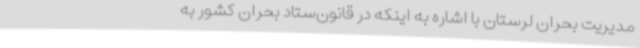
مدیریت بحران لرستان با اشاره به اینکه در قانون‌ستاد بحران کشور به